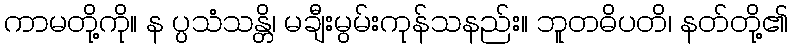
ကာမတို့ကို။ န ပ္ပသံသန္တိ၊ မချီးမွမ်းကုန်သနည်း။ ဘူတဓိပတိ၊ နတ်တို့၏